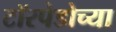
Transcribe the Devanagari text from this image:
टॉरपेडोच्या